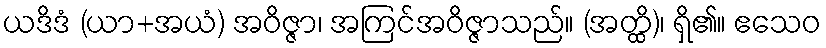
ယဒိဒံ (ယာ+အယံ) အဝိဇ္ဇာ၊ အကြင်အဝိဇ္ဇာသည်။ (အတ္ထိ)၊ ရှိ၏။ ဧသေဝ